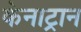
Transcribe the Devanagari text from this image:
केनाट्रान